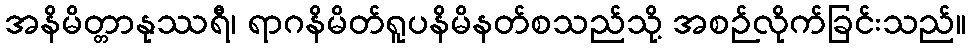
အနိမိတ္တာနုဿရီ၊ ရာဂနိမိတ်ရူပနိမိနတ်စသည်သို့ အစဉ်လိုက်ခြင်းသည်။